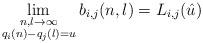
LaTeX: \begin{align*}\lim_{\substack{n,l\to\infty\\q_i(n)-q_j(l)=u}}b_{i,j}(n,l)=L_{i,j}(\hat u)\end{align*}